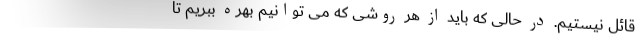
قائل نیستیم. در حالی که باید از هر روشی که می توانیم بهره ببریم تا